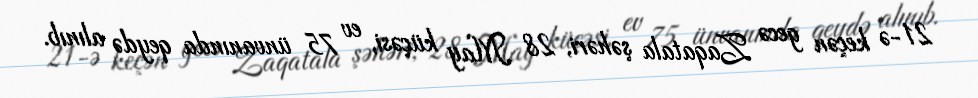
21-ə keçən gecə Zaqatala şəhəri, 28 May küçəsi, ev 75 ünvanında qeydə alınıb.